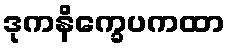
ဒုကနိက္ခေပကထာ